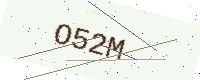
Text: O52M